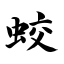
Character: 蛟